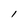
Character: l